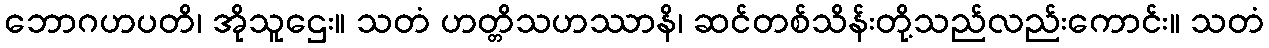
ဘောဂဟပတိ၊ အိုသူဌေး။ သတံ ဟတ္တိသဟဿာနိ၊ ဆင်တစ်သိန်းတို့သည်လည်းကောင်း။ သတံ